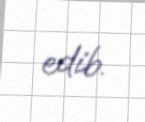
edib.